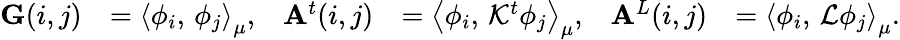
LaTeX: \begin{array}{rlrlrl}{\mathbf{G}(i,j)}&{=\left\langle\phi_{i},\, \phi_{j}\right\rangle_{\mu},}&{\mathbf{A}^{t}(i,j)}&{=\left\langle\phi_{i},\, \mathcal{K}^{t}\phi_{j}\right\rangle_{\mu},}&{\mathbf{A}^{L}(i,j)}&{=\left\langle\phi_{i},\, \mathcal{L}\phi_{j}\right\rangle_{\mu}.}\end{array}